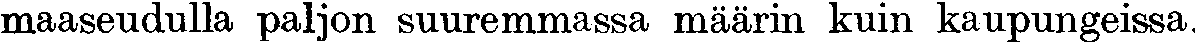
maaseudulla paljon suuremmassa määrin kuin kaupungeissa.